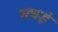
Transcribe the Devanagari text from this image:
मघई